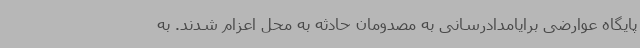
پایگاه عوارضی برایامدادرسانی به مصدومان حادثه به محل اعزام شدند. به